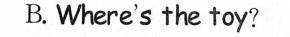
B. Where's the toy?